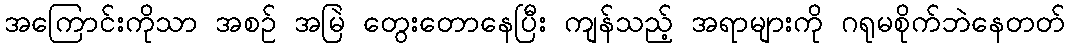
အကြောင်းကိုသာ အစဉ် အမြဲ တွေးတောနေပြီး ကျန်သည့် အရာများကို ဂရုမစိုက်ဘဲနေတတ်